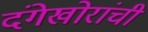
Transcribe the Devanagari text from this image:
दंगेखोरांची